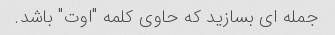
جمله ای بسازید که حاوی کلمه "اوت" باشد.